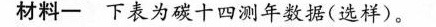
材料一 下表为碳十四测年数据（选样）。